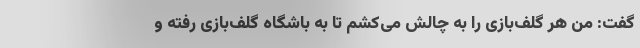
گفت: من هر گلف‌بازی را به چالش می‌کشم تا به باشگاه گلف‌بازی رفته و